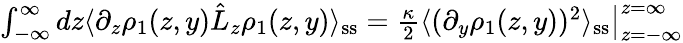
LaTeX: \begin{array}{r}{\int_{-\infty}^{\infty}dz\langle\partial_{z}\rho_{1}(z,y)\hat{L}_{z}\rho_{1}(z,y)\rangle_{\mathrm{ss}}=\left.\frac{\kappa}{2}\langle(\partial_{y}\rho_{1}(z,y))^{2}\rangle_{\mathrm{ss}}\right|_{z=-\infty}^{z=\infty}}\end{array}